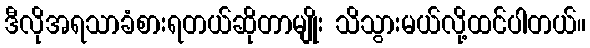
ဒီလိုအရသာခံစားရတယ်ဆိုတာမျိုး သိသွားမယ်လို့ထင်ပါတယ်။